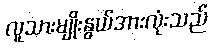
လူသားမျိုးနွယ်အားလုံးသည်